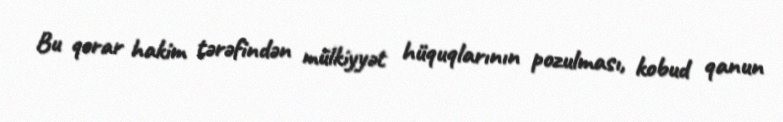
Bu qərar hakim tərəfindən mülkiyyət hüquqlarının pozulması, kobud qanun